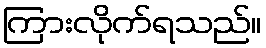
ကြားလိုက်ရသည်။